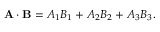
\mathbf { A } \cdot \mathbf { B } = A _ { 1 } B _ { 1 } + A _ { 2 } B _ { 2 } + A _ { 3 } B _ { 3 } .